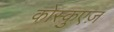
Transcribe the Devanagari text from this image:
कोस्कुएज़